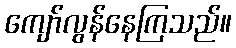
ကျော်လွန်နေကြသည်။